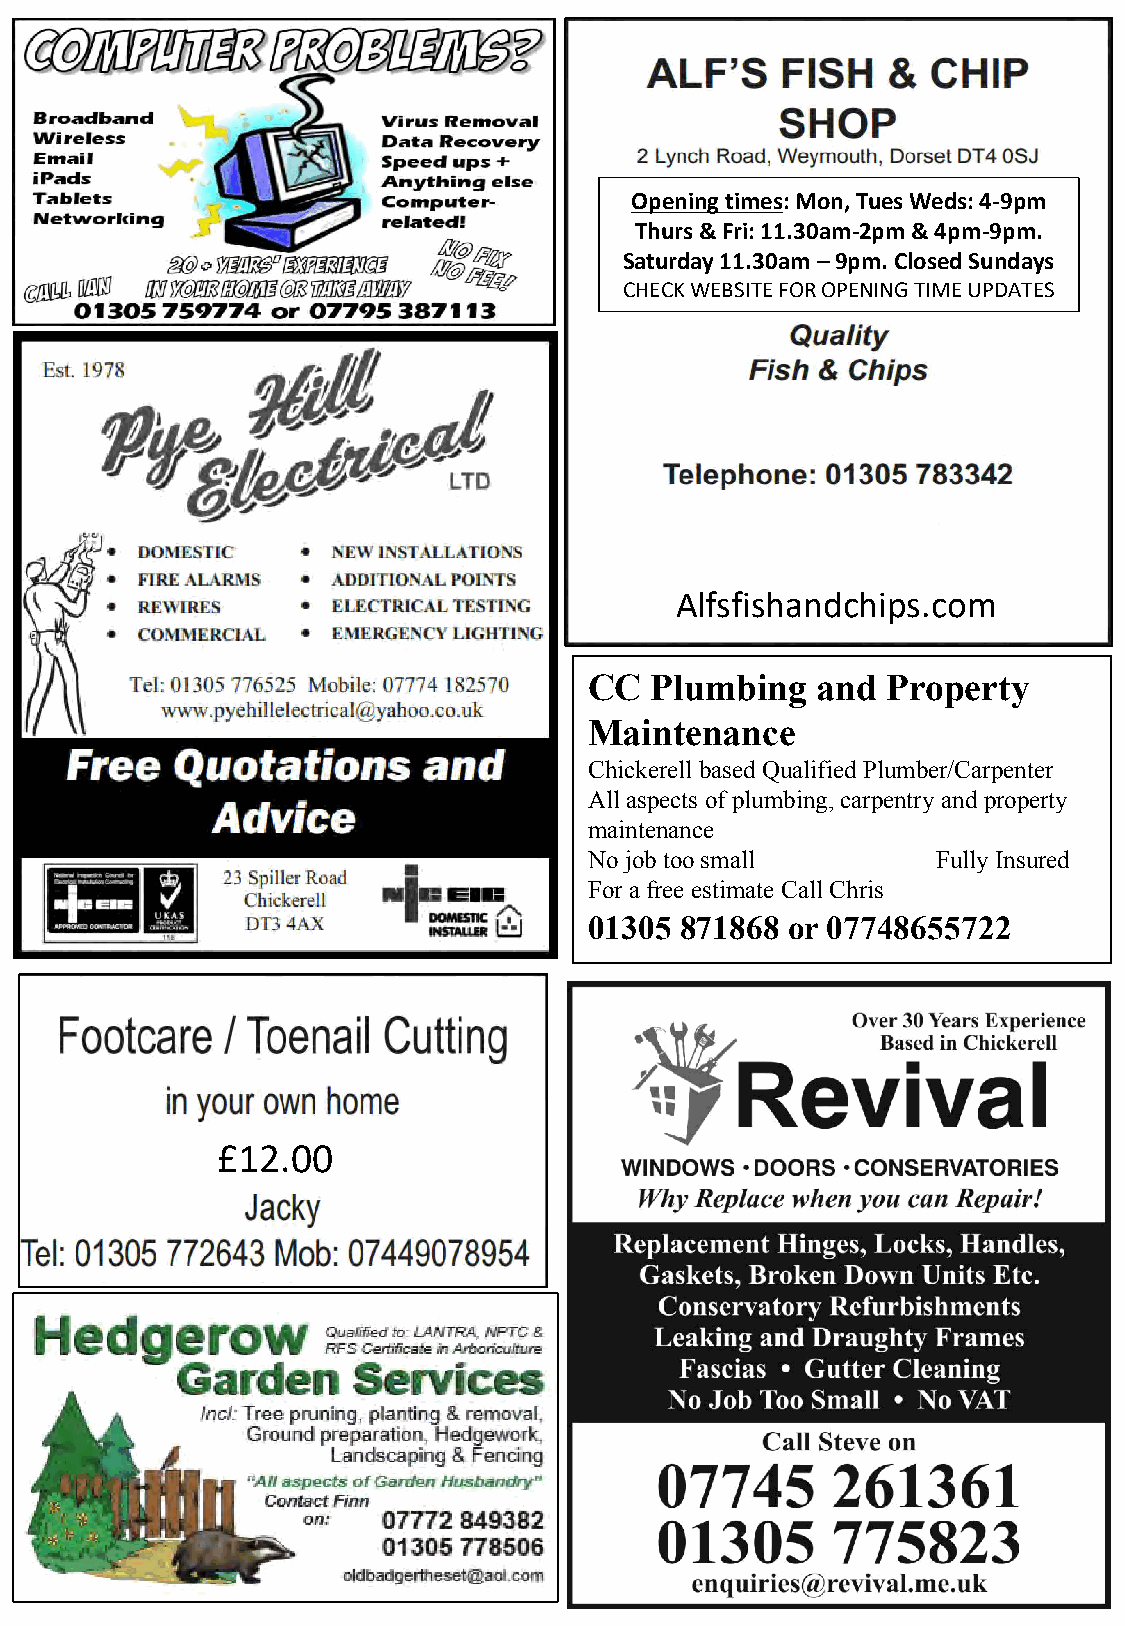
Opening times: Mon, Tues Weds: 4-9pm
 Thurs & Fri: 11.30am-2pm & 4pm-9pm.
 Saturday 11.30am –9pm. Closed Sundays
 CHECK WEBSITE FOR OPENING TIME UPDATES
 Alfsfishandchips.com
 CC  Plumbing   and  Property
 Maintenance
 Chickerell based Qualified Plumber/Carpenter
 All aspects of plumbing, carpentry and property
 maintenance
 No job too small       Fully Insured
 For a free estimate Call Chris
 01305 871868 or 07748655722
 £12.00